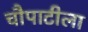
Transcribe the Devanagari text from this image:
चौपाटीला